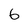
Character: 6